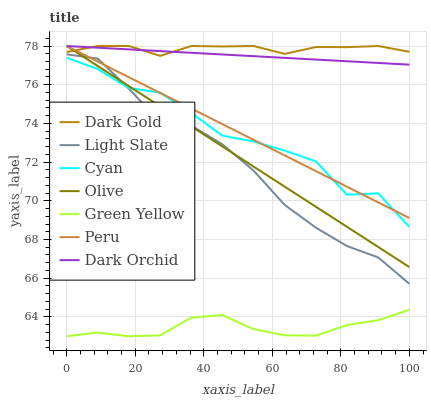
| xaxis_label | Dark Gold | Light Slate | Cyan | Olive | Green Yellow | Peru | Dark Orchid |
 | --- | --- | --- | --- | --- | --- | --- | --- |
 | 0 | 77.7 | 77.6 | 77.4 | 78 | 63 | 78 | 78 |
 | 9.09 | 78 | 77.3 | 76.8 | 77 | 63.2 | 77.2 | 77.9 |
 | 18.2 | 78 | 75.8 | 75.8 | 75.9 | 63 | 76.4 | 77.8 |
 | 27.3 | 77.5 | 74.1 | 75.6 | 74.9 | 63 | 75.6 | 77.7 |
 | 36.4 | 78 | 73.9 | 74.5 | 73.8 | 64 | 74.8 | 77.6 |
 | 45.5 | 78 | 72.9 | 73.4 | 72.8 | 64.1 | 74 | 77.6 |
 | 54.5 | 78 | 71.6 | 73.1 | 71.8 | 63.4 | 73.2 | 77.5 |
 | 63.6 | 77.6 | 69.8 | 72.6 | 70.7 | 63 | 72.3 | 77.4 |
 | 72.7 | 77.9 | 68.6 | 72 | 69.7 | 63 | 71.5 | 77.3 |
 | 81.8 | 77.9 | 67.7 | 70.3 | 68.7 | 63.6 | 70.7 | 77.2 |
 | 90.9 | 78 | 67.1 | 70.4 | 67.6 | 63.8 | 69.9 | 77.1 |
 | 100 | 77.7 | 65.7 | 68.6 | 66.6 | 64.4 | 69.1 | 77 |